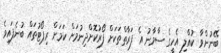
ބޭނުންވާ ކުއްލި އެހީގެ ސާމާނު އެ ފަރާތްތަކަށް ފޯރުކޮށްދިނުމަށް ކަމަށް ރިޕޯޓުތައް ބުނެފައިވެ